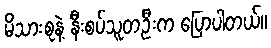
မိသားစုနဲ့ နီးစပ်သူတဦးက ပြောပါတယ်။